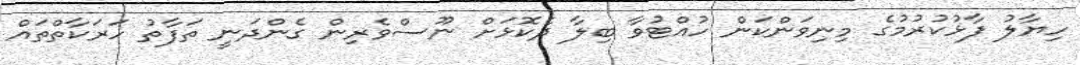
ހިޔާލު ފާޅުކުރުމުގެ މިނިވަންކަން ހުއްޓުވާ ބިލާ ދެކޮޅަށް ނޫސްވެރިން ގެންދަނީ ތަފާތު ހަރަކާތްތައް